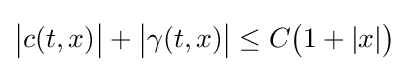
{\big |}c(t,x){\big |}+{\big |}\gamma (t,x){\big |}\leq C{\big (}1+|x|{\big )}